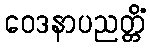
ဝေဒနာပညတ္တိံ